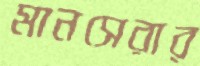
মানসেরার